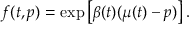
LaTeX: f ( t , p ) = \exp { \left[ \beta ( t ) ( \mu ( t ) - p ) \right] } \, .